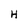
Character: H